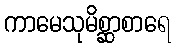
ကာမေသုမိစ္ဆာစာရေ